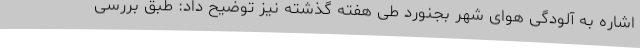
اشاره به آلودگی هوای شهر بجنورد طی هفته گذشته نیز توضیح داد: طبق بررسی